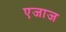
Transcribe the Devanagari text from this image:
एजाज